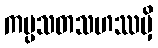
ကပ္ပသတသဟဿမှိ